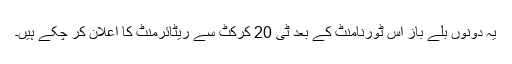
یہ دونوں بلے باز اس ٹورنامنٹ کے بعد ٹی 20 کرکٹ سے ریٹائرمنٹ کا اعلان کر چکے ہیں۔